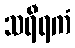
သရီရကံ